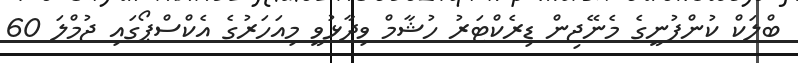
ބްލަކް ކުންފުނީގެ މެނޭޖިން ޑިރެކްޓަރު ހުޝާމް ވިދާޅުވީ މިއަހަރުގެ އެކްސްޕޯގައި ޖުމްލަ 60